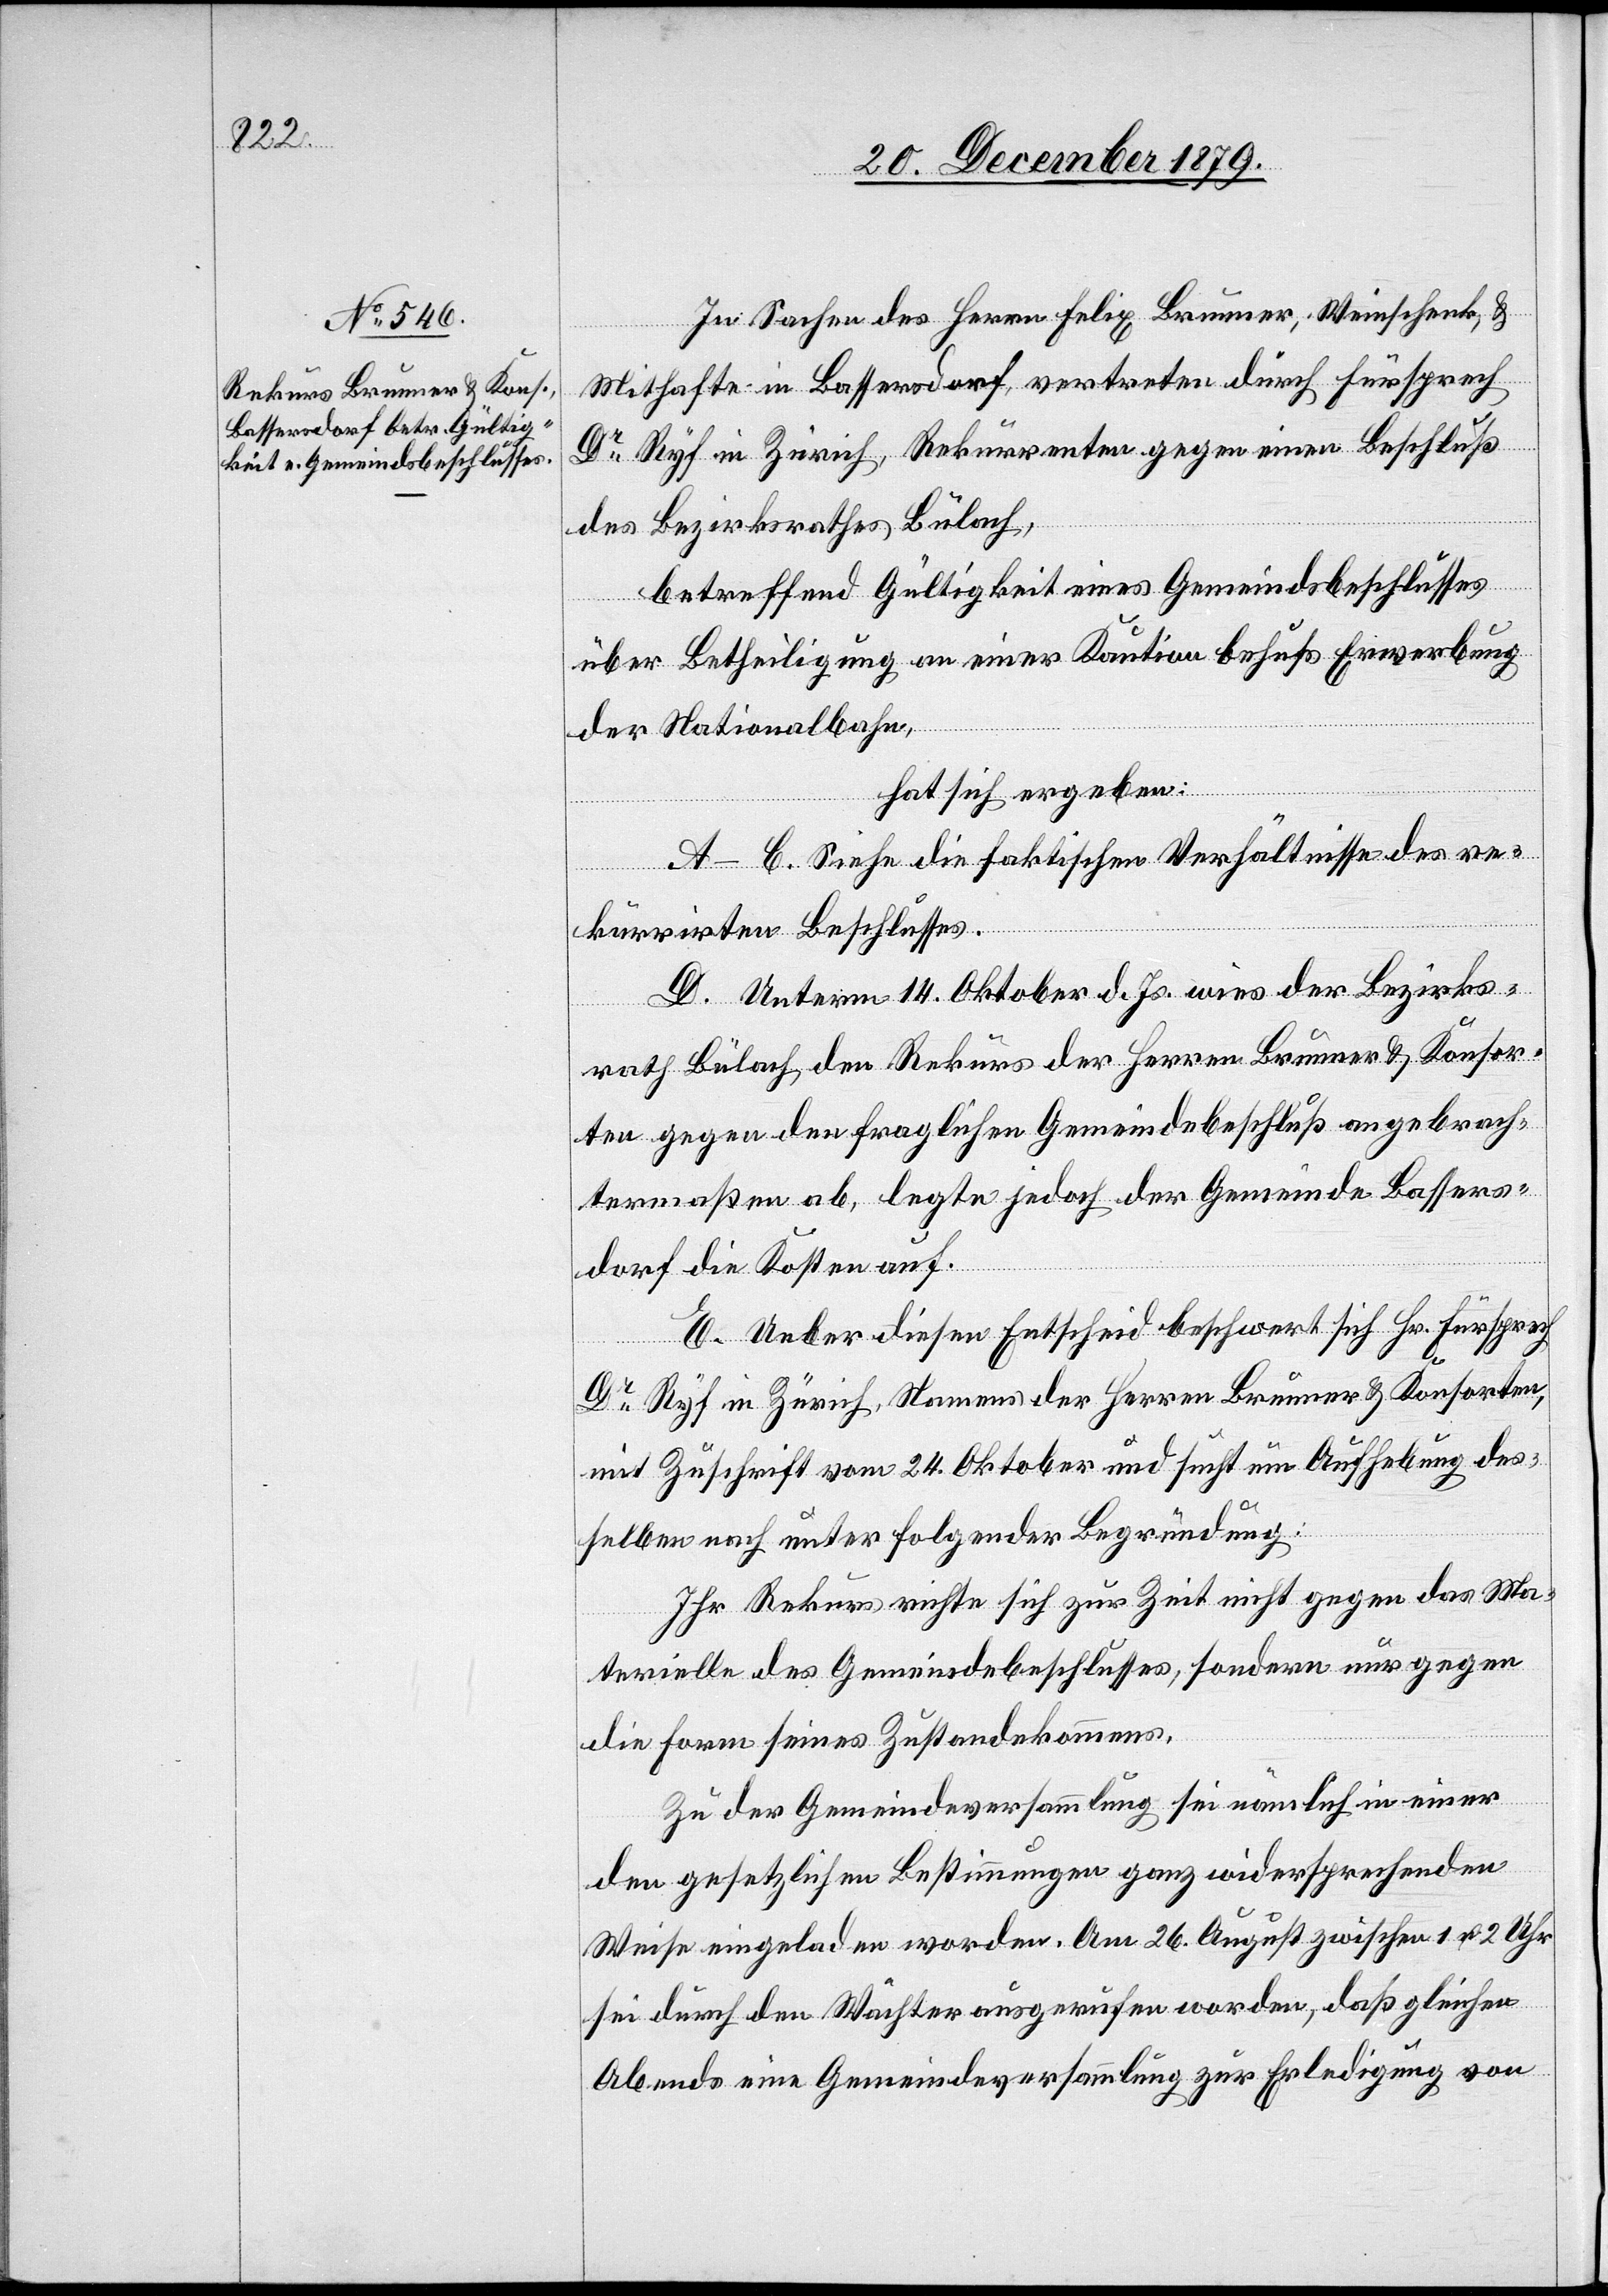
In Sachen des Herrn Felix Brunner, Weinschenk, &
Mithafte in Bassersdorf, vertreten durch Fürsprech
Dr Ryf in Zürich, Rekurrenten gegen einen Beschluß
des Bezirksrathes Bülach,
betreffend Gültigkeit eines Gemeindsbeschlusses
über Betheiligung an einer Kaution behufs Erwerbung
der Nationalbahn,
hat sich ergeben:
A–C. Siehe die faktischen Verhältnisse des re¬
kurrirten Beschlusses.
D. Unterm 11. Oktober d. Js. wies der Bezirks¬
rath Bülach den Rekurs der Herren Brunner & Konsor¬
ten gegen den fraglichen Gemeindebeschluß angebrach¬
termaßen ab, legte jedoch der Gemeinde Bassers¬
dorf die Kosten auf.
E. Ueber diesen Entscheid beschwert sich Hr. Fürsprech
Dr Ryf in Zürich, Namens der Herren Brunner & Konsorten,
mit Zuschrift vom 24. Oktober und sucht um Aufhebung des¬
selben nach unter folgender Begründung:
Ihr Rekurs richte sich zur Zeit nicht gegen das Ma¬
terielle des Gemeindebeschlusses, sondern nur gegen
die Form seines Zustandekommens.
Zu der Gemeindeversammlung sei nämlich in einer
den gesetzlichen Bestimmungen ganz widersprechenden
Weise eingeladen worden. Am 26. August zwischen 1 & 2 Uhr
sei durch den Wächter ausgerufen worden, daß gleichen
Abends eine Gemeindeversammlung zur Erledigung von